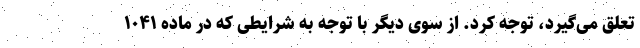
تعلق می‌گیرد، توجه کرد. از سوی دیگر با توجه به شرایطی که در ماده ۱۰۴۱